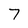
Character: 7